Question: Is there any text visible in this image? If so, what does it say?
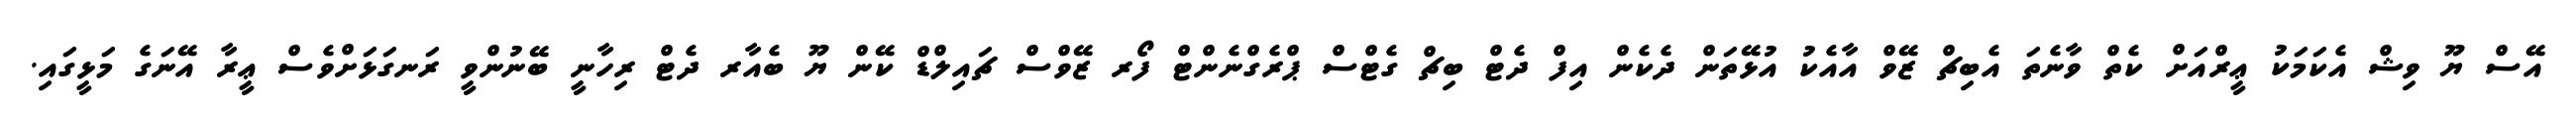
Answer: އޭސް ޔޫ ވިޝް އެކަމަކު ޢީރްއަށް ކެތް ވާނެތަ އެބިޗް ޒޭވް އާއެކު އުޅޭތަން ދެކެން އިފް ދެޓް ބިޗް ގެޓްސް ޕްރެގްނެންޓް ފޯރ ޒޭވްސް ޗައިލްޑް ކޭން ޔޫ ބެއާރ ދެޓް ރިހާނީ ބޭނުންވީ ރަނގަޅަށްވެސް ޢީރާ އޭނަގެ މަޅީގައި.